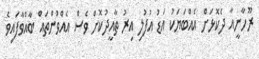
ރޫހާނީއާ ދެކޮޅަށް އެއްބަޔަކު އަޑު އުފުލި އިރު ތާއީދުކޮށް ވެސް އެއްވުންތައް ބާއްވާފައިވެ